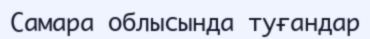
Самара облысында туғандар